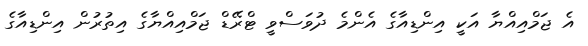
އެ ޖަމްއިއްޔާ އަކީ އިންޑިއާގެ އެންމެ ދުވަސްވީ ޓްރޭޑް ޖަމްއިއްޔާގެ އިތުރުން އިންޑިއާގެ